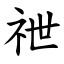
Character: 䄁